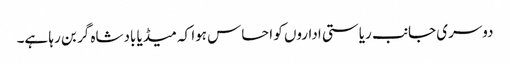
دوسری جانب ریاستی اداروں کو احساس ہوا کہ میڈیا بادشاہ گر بن رہا ہے۔